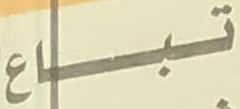
تباع